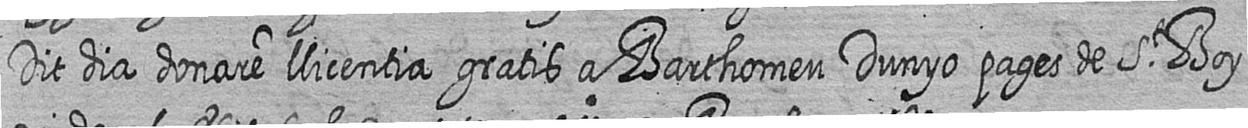
Dit dia donare llicentia gratis a Barthomeu Dunyo pages de St Boy